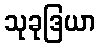
သုခုဒြယာ